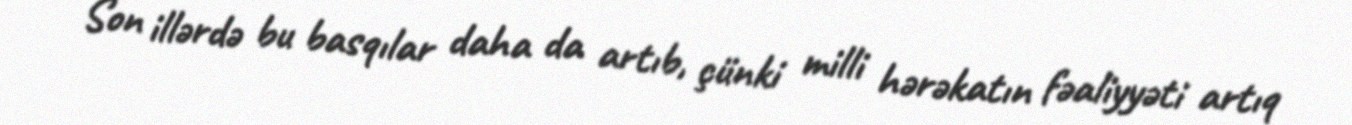
Son illərdə bu basqılar daha da artıb, çünki milli hərəkatın fəaliyyəti artıq